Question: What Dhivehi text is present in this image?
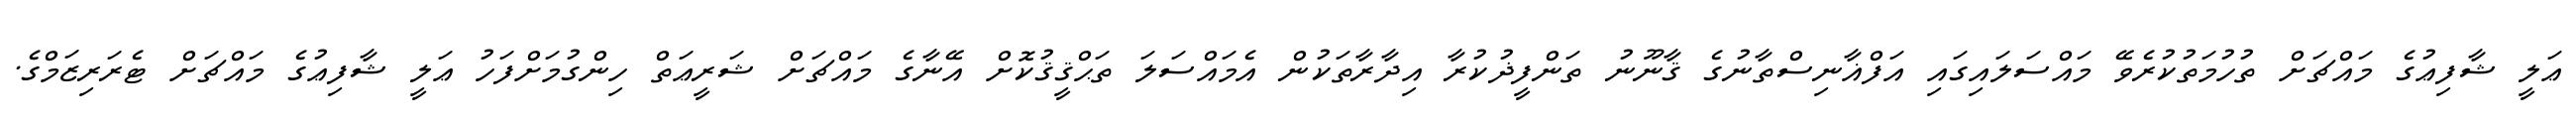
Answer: ޢަލީ ޝާފިޢުގެ މައްޗަށް ތުހުމަތުކުރެވޭ މައްސަލައިގައި އަފްޣާނިސްތާނުގެ ޤާނޫނު ތަންފީޛުކުރާ އިދާރާތަކުން އެމައްސަލަ ތަޙްޤީޤުކޮށް އޭނާގެ މައްޗަށް ޝަރީޢަތް ހިންގުމަށްފަހު ޢަލީ ޝާފިޢުގެ މައްޗަށް ޓެރަރިޒަމްގެ.